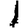
Digit: 1